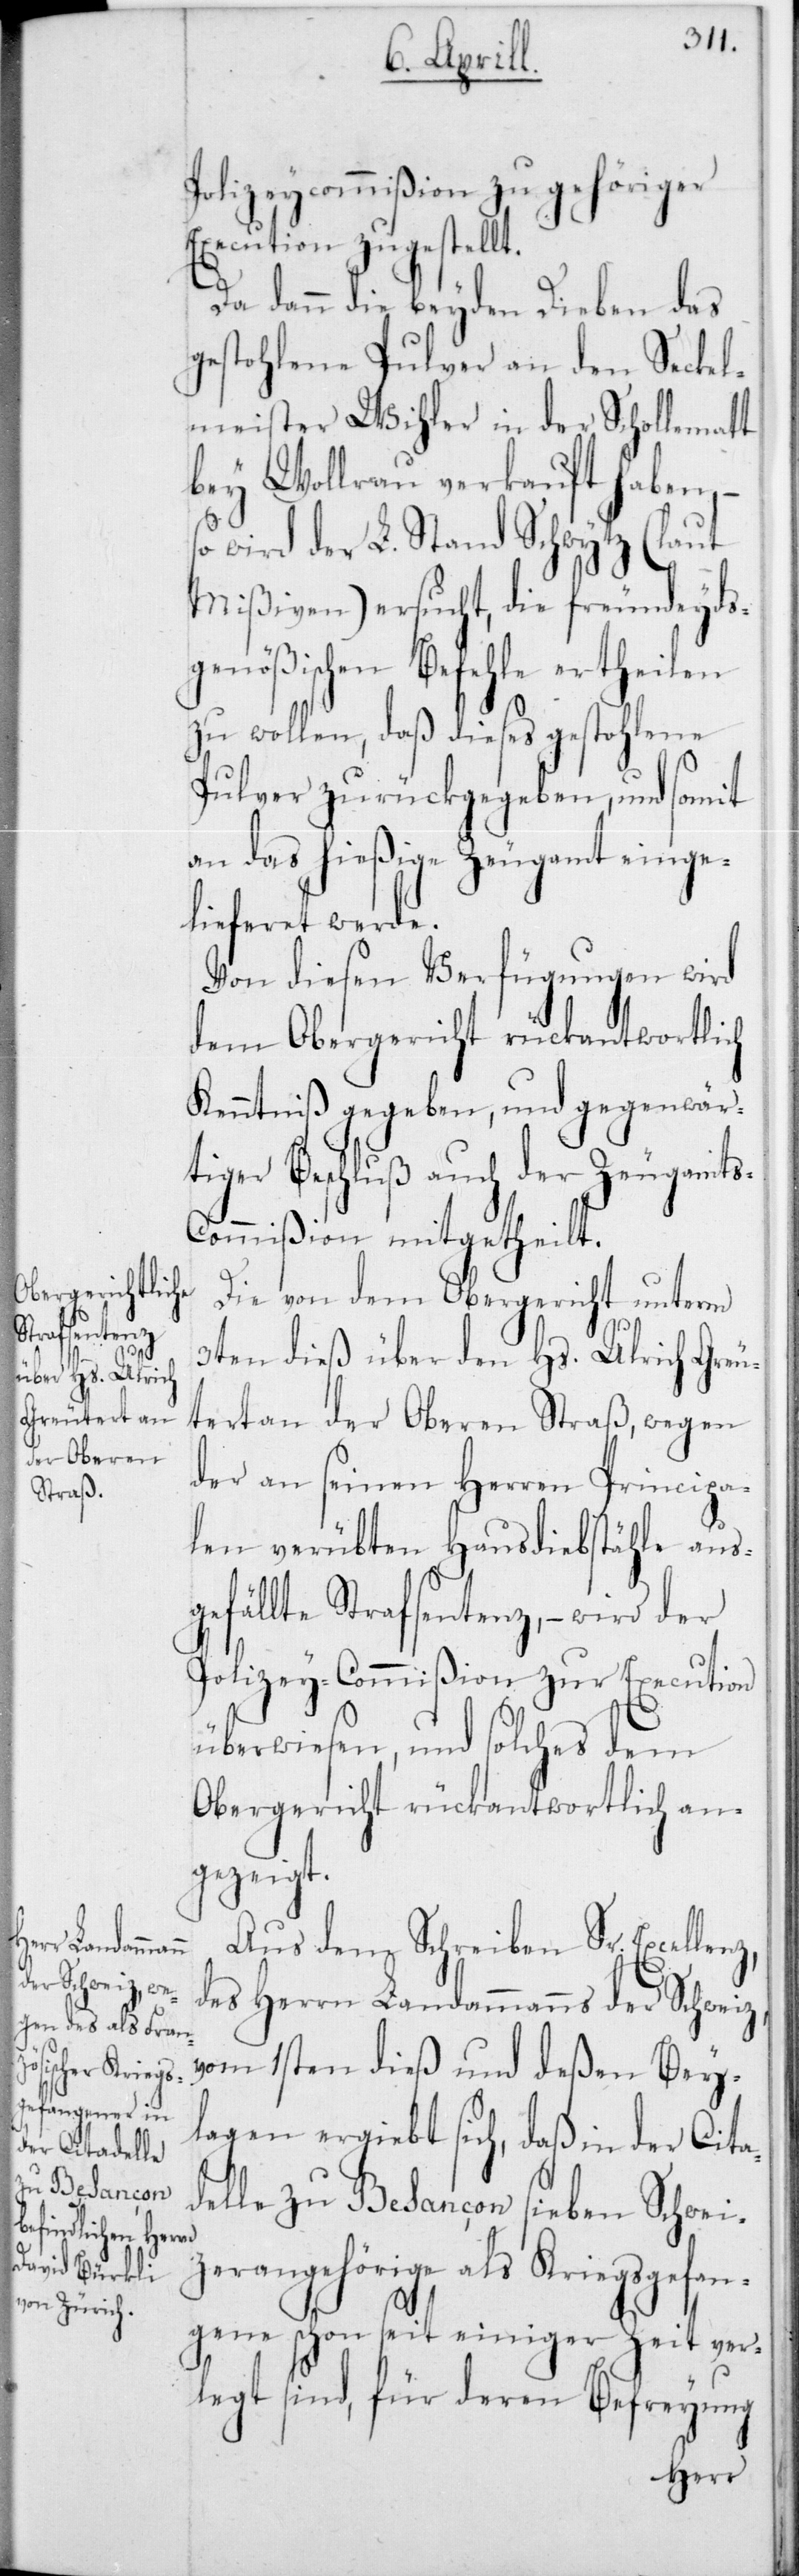
Polizeycommißion zu gehöriger
Execution zugestellt.
Da dann die beiden Dieben das
gestohlene Pulver an den Seckel¬
meister Wihler in der Schollenmat¬
bey Wollerau verkauft haben, –
wird der L. Stand Schwytz (laut
Mißiven) ersucht, die freundeyds¬
genößischen Befehle ertheilen
zu wollen, daß dieses gestohlene
Pulver zurückgegeben, und somit
an das hießige Zeugamt einge¬
lieferet werde.
Von diesen Verfügungen wird
dem Obergericht rückantwortlich
Kenntniß gegeben, und gegenwär¬
tiger Beschluß auch der Zeugamts-C¬
ommißion mitgetheilt.
Die von dem Obergericht unterm
t
3ten dieß über den Hs. Ulrich Greu¬
tert an der Oberen Straß, wegen
der an seinen Herren Principa¬
len verübten Hausdiebstähle aus¬
gefällte Strafsentenz, – wird der
Polizey-Commißion zur Execution
überwiesen, und solches dem
Obergericht rückantwortlich an¬
gezeigt.
Aus dem Schreiben Sr. Excellenz,
des Herrn Landammanns der Schweiz,
vom 1sten dieß und deßen Bey¬
lagen ergiebt sich, daß in der Cita¬
delle zu Besançon sieben Schwei¬
zerangehörige als Kriegsgefan¬
gene schon seit einiger Zeit ver¬
legt sind, für deren Befreyung